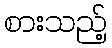
စားသည့်